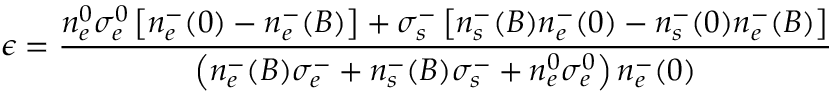
\epsilon = \frac { n _ { e } ^ { 0 } \sigma _ { e } ^ { 0 } \left[ n _ { e } ^ { - } ( 0 ) - n _ { e } ^ { - } ( B ) \right] + \sigma _ { s } ^ { - } \left[ n _ { s } ^ { - } ( B ) n _ { e } ^ { - } ( 0 ) - n _ { s } ^ { - } ( 0 ) n _ { e } ^ { - } ( B ) \right] } { \left( n _ { e } ^ { - } ( B ) \sigma _ { e } ^ { - } + n _ { s } ^ { - } ( B ) \sigma _ { s } ^ { - } + n _ { e } ^ { 0 } \sigma _ { e } ^ { 0 } \right) n _ { e } ^ { - } ( 0 ) }